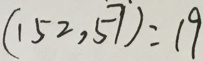
( 1 5 2 , 5 7 ) = 1 9